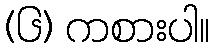
(၆) ကစားပါ။